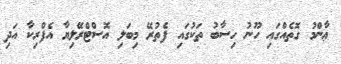
ޢާންމު ގޮތެއްގައި ހޫނު ހިސާބު ތަކުގައި ފެތުރޭ މިބަލި އޮސްޓްރޭލިޔާ އެފްރިކާ އަދި